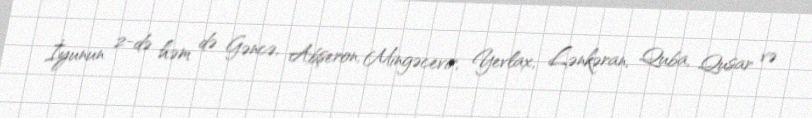
İyunun 2-də həm də Gəncə, Abşeron, Mingəcevir, Yevlax, Lənkəran, Quba, Qusar və